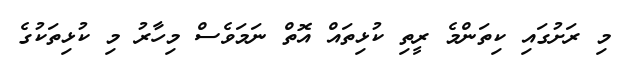
މި ރަށުގައި ކިތަންމެ ރީތި ކުޅިތައް އޮތް ނަމަވެސް މިހާރު މި ކުޅިތަކުގެ